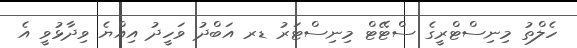
ހެލްތު މިނިސްޓްރީގެ ސްޓޭޓް މިނިސްޓަރު ޑރ އަބްދު ވަހީދު އިއްޔެ ވިދާޅުވީ އެ